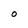
Character: O